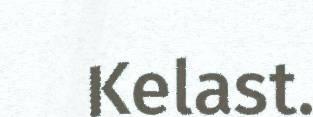
Kelast.